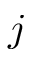
j